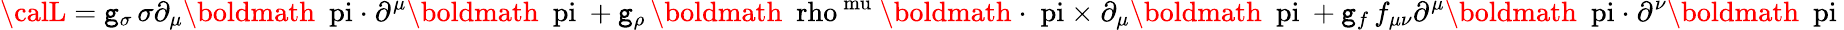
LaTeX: {\calL}=\mathtt{g}_{\sigma}\, \sigma\partial_{\mu}\mathrm{{\boldmath~{\ pi~{\cdot}}~}}\partial^{\mu}\mathrm{{\boldmath~{\ pi}~}}+\mathtt{g}_{\rho}\, \mathrm{{\boldmath~{\ rho}^{\ mu}~}}\mathrm{{\boldmath~{\cdot~\ pi~{\times}}~}}\partial_{\mu}\mathrm{{\boldmath~{\ pi}~}}+\mathtt{g}_{f}\, f_{\mu\nu}\partial^{\mu}\mathrm{{\boldmath~{\ pi~{\cdot}}~}}\partial^{\nu}\mathrm{{\boldmath~{\ pi}~}}